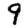
Digit: 9